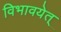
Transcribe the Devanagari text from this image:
विभावयेत्